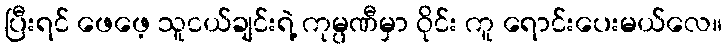
ပြီးရင် ဖေဖေ့ သူငယ်ချင်းရဲ့ ကုမ္ပဏီမှာ ဝိုင်း ကူ ရောင်းပေးမယ်လေ။